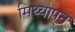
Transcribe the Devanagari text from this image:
मिथ्यापन